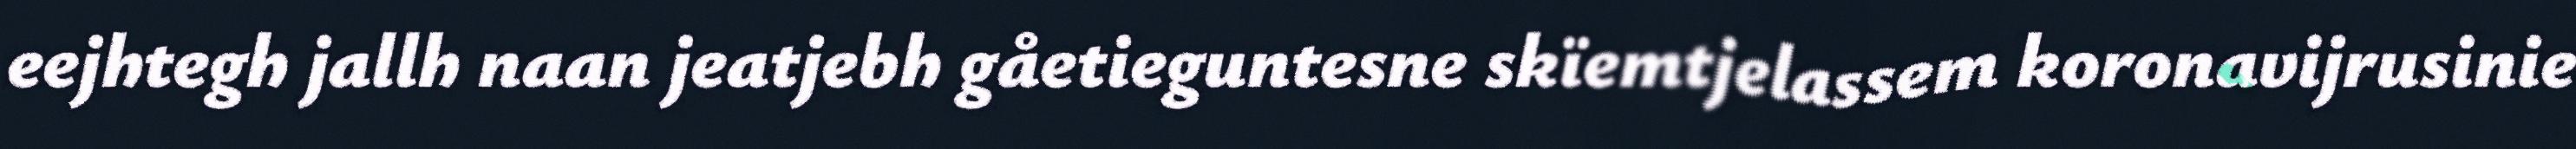
eejhtegh jallh naan jeatjebh gåetieguntesne skïemtjelassem koronavijrusinie